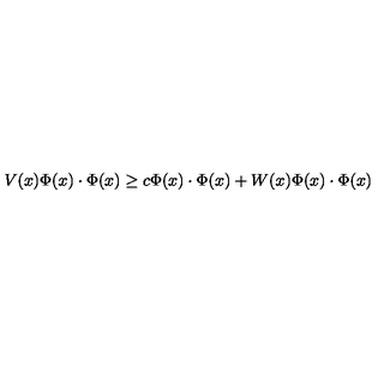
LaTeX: V ( x ) \Phi ( x ) \cdot \Phi ( x ) \geq c \Phi ( x ) \cdot \Phi ( x ) + W ( x ) \Phi ( x ) \cdot \Phi ( x )